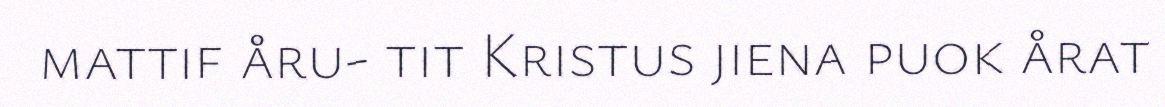
mattif åru- tit Kristus jiena puok årat